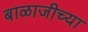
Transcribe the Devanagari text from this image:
बाळाजीच्या